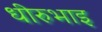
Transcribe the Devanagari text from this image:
धीरुभाइ